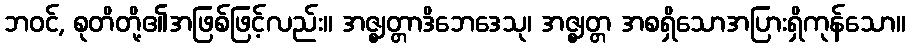
ဘဝင်, စုတိတို့၏အဖြစ်ဖြင့်လည်း။ အဇ္ဈတ္တာဒိဘေဒေသု၊ အဇ္ဈတ္တ အစရှိသောအပြားရှိကုန်သော။